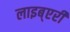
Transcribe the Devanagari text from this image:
लाइब्एरी